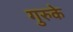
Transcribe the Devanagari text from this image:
गुरुके